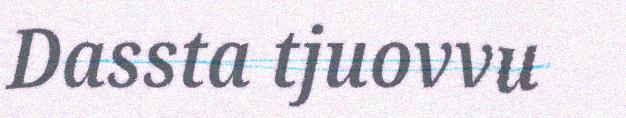
Dassta tjuovvu